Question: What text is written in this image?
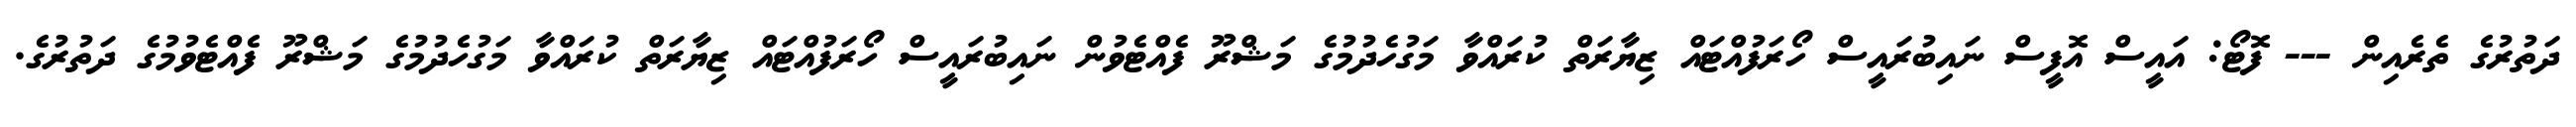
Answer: ދަތުރުގެ ތެރެއިން --- ފޮޓޯ: އައީސް އޮފީސް ނައިބުރައީސް ހޯރަފުއްޓައް ޒިޔާރަތް ކުރައްވާ މަގުހެދުމުގެ މަޝްރޫ ފެއްޓެވުން ނައިބުރައީސް ހޯރަފުއްޓައް ޒިޔާރަތް ކުރައްވާ މަގުހެދުމުގެ މަޝްރޫ ފެއްޓެވުމުގެ ދަތުރުގެ.